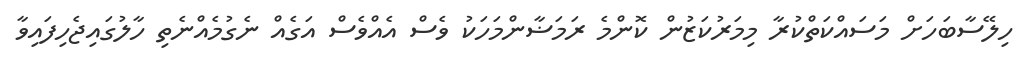
ހިލޭސާބަހަށް މަސައްކަތްކުރާ މިމަރުކަޒުން ކޮންމެ ރަމަޟާންމަހަކު ވެސް އެއްވެސް އަގެއް ނެގުމެއްނެތި ހާލުގައިޖެހިފައިވާ